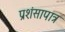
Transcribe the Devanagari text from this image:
प्रशंसापात्र